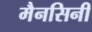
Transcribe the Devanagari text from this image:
मैनसिनी